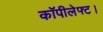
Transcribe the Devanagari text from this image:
कॉपीलेफ्ट।